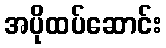
အပိုထပ်ဆောင်း